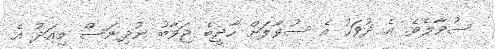
ސުވާލެވެ. އެ ދުވަހު އެ ސުވާލަށް ހާދީބެ ޖަވާބު ނުދިނަސް މިއަދު އެ